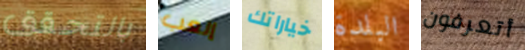
بالتحقق إلعب خياراتك البلدة أتعرفون